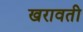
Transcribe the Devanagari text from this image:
खरावती